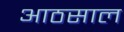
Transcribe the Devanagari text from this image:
आठसाल